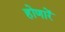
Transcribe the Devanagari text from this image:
होणारें